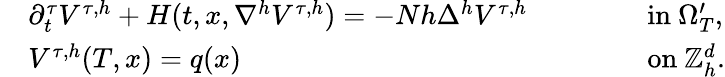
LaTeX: \begin{array}{rlrl}&{\partial_{t}^{\tau}V^{\tau,h}+H(t,x,\nabla^{h}V^{\tau,h})=-Nh\Delta^{h}V^{\tau,h}\qquad}&&{\mathrm{~in~}\Omega_{T}^{\prime},}\\ &{V^{\tau,h}(T,x)=q(x)\qquad}&&{\mathrm{~on~}{\mathbb{Z}}_{h}^{d}.}\end{array}